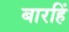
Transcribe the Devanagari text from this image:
बारहिं